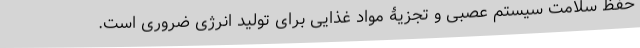
حفظ سلامت سیستم عصبی و تجزیۀ مواد غذایی برای تولید انرژی ضروری است.